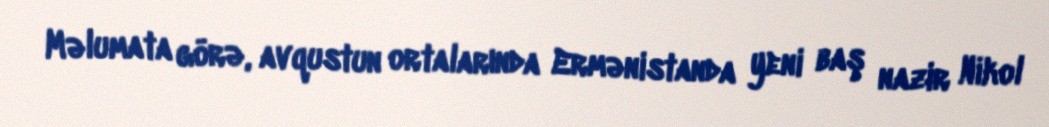
Məlumata görə, avqustun ortalarında Ermənistanda yeni baş nazir Nikol